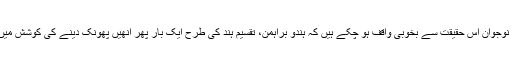
سِکھ نوجوان اس حقیقت سے بخوبی واقف ہو چکے ہیں کہ ہندو براہمن، تقسیمِ ہند کی طرح ایک بار پھر انھیں پُھونک دینے کی کوشش میں ہیں۔